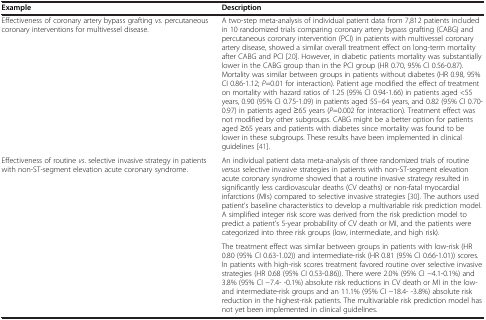
| Example | Description |
 | --- | --- |
 | Effectiveness of coronary artery bypass grafting vs. percutaneous coronary interventions for multivessel disease. | A two-step meta-analysis of individual patient data from 7,812 patients included in 10 randomized trials comparing coronary artery bypass grafting (CABG) and percutaneous coronary intervention (PCI) in patients with multivessel coronary artery disease, showed a similar overall treatment effect on long-term mortality after CABG and PCI [20]. However, in diabetic patients mortality was substantially lower in the CABG group than in the PCI group (HR 0.70, 95% CI 0.56-0.87). Mortality was similar between groups in patients without diabetes (HR 0.98, 95% CI 0.86-1.12; P=0.01 for interaction). Patient age modified the effect of treatment on mortality with hazard ratios of 1.25 (95% CI 0.94-1.66) in patients aged <55 years, 0.90 (95% CI 0.75-1.09) in patients aged 55–64 years, and 0.82 (95% CI 0.70-0.97) in patients aged ≥65 years (P=0.002 for interaction). Treatment effect was not modified by other subgroups. CABG might be a better option for patients aged ≥65 years and patients with diabetes since mortality was found to be lower in these subgroups. These results have been implemented in clinical guidelines [41]. |
 | <ROWSPAN=2> Effectiveness of routine vs. selective invasive strategy in patients with non-ST-segment elevation acute coronary syndrome. | An individual patient data meta-analysis of three randomized trials of routine versus selective invasive strategies in patients with non-ST-segment elevation acute coronary syndrome showed that a routine invasive strategy resulted in significantly less cardiovascular deaths (CV deaths) or non-fatal myocardial infarctions (MIs) compared to selective invasive strategies [30]. The authors used patient’s baseline characteristics to develop a multivariable risk prediction model. A simplified integer risk score was derived from the risk prediction model to predict a patient’s 5-year probability of CV death or MI, and the patients were categorized into three risk groups (low, intermediate, and high risk). |
 | The treatment effect was similar between groups in patients with low-risk (HR 0.80 (95% CI 0.63-1.02)) and intermediate-risk (HR 0.81 (95% CI 0.66-1.01)) scores. In patients with high-risk scores treatment favored routine over selective invasive strategies (HR 0.68 (95% CI 0.53-0.86)). There were 2.0% (95% CI −4.1-0.1%) and 3.8% (95% CI −7.4- -0.1%) absolute risk reductions in CV death or MI in the low- and intermediate-risk groups and an 11.1% (95% CI −18.4- -3.8%) absolute risk reduction in the highest-risk patients. The multivariable risk prediction model has not yet been implemented in clinical guidelines. |